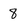
Character: 8